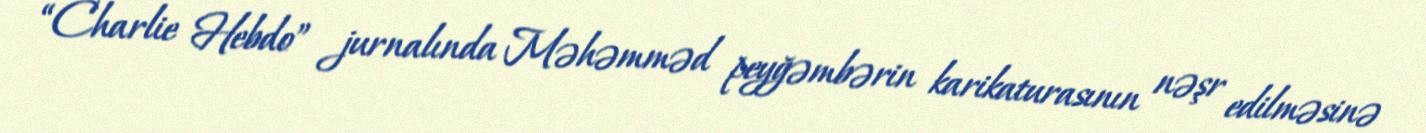
“Charlie Hebdo” jurnalında Məhəmməd peyğəmbərin karikaturasının nəşr edilməsinə